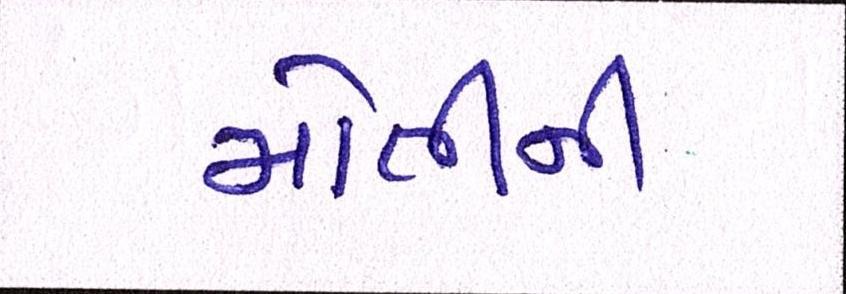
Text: મોતીની